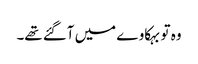
وہ تو بہکاوے میں آگئے تھے۔